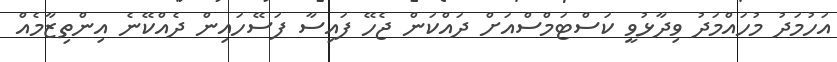
އަހުމަދު މުހައްމަދު ވިދާޅުވީ ކަސްޓަމްސްއަށް ދައްކަން ޖެހޭ ފައިސާ ފަސޭހައިން ދެއްކޭނެ އިންތިޒާމެއް